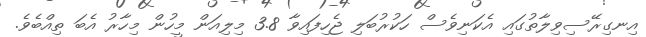
އިނގިރޭސިވިލާތުގައި އެކަނިވެސް ހަކުރުބަލި ޖެހިފައިވާ 3.8 މިލިއަން މީހުން މިހާރު އެބަ ތިއްބެވެ.